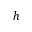
h